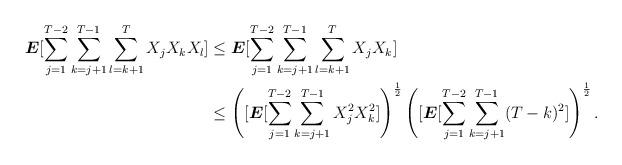
LaTeX: \begin{align*}\boldsymbol{E}[\sum_{j=1}^{T-2} \sum_{k=j+1}^{T-1} \sum_{l= k+1}^T X_j X_k X_l] &\leq \boldsymbol{E}[\sum_{j=1}^{T-2} \sum_{k=j+1}^{T-1} \sum_{l= k+1}^T X_j X_k] \\&\leq \left([\boldsymbol{E}[\sum_{j=1}^{T-2} \sum_{k=j+1}^{T-1} X_j^2 X_k^2]\right)^{\frac{1}{2}} \left([\boldsymbol{E}[\sum_{j=1}^{T-2} \sum_{k=j+1}^{T-1} (T -k)^2] \right)^\frac{1}{2}.\end{align*}